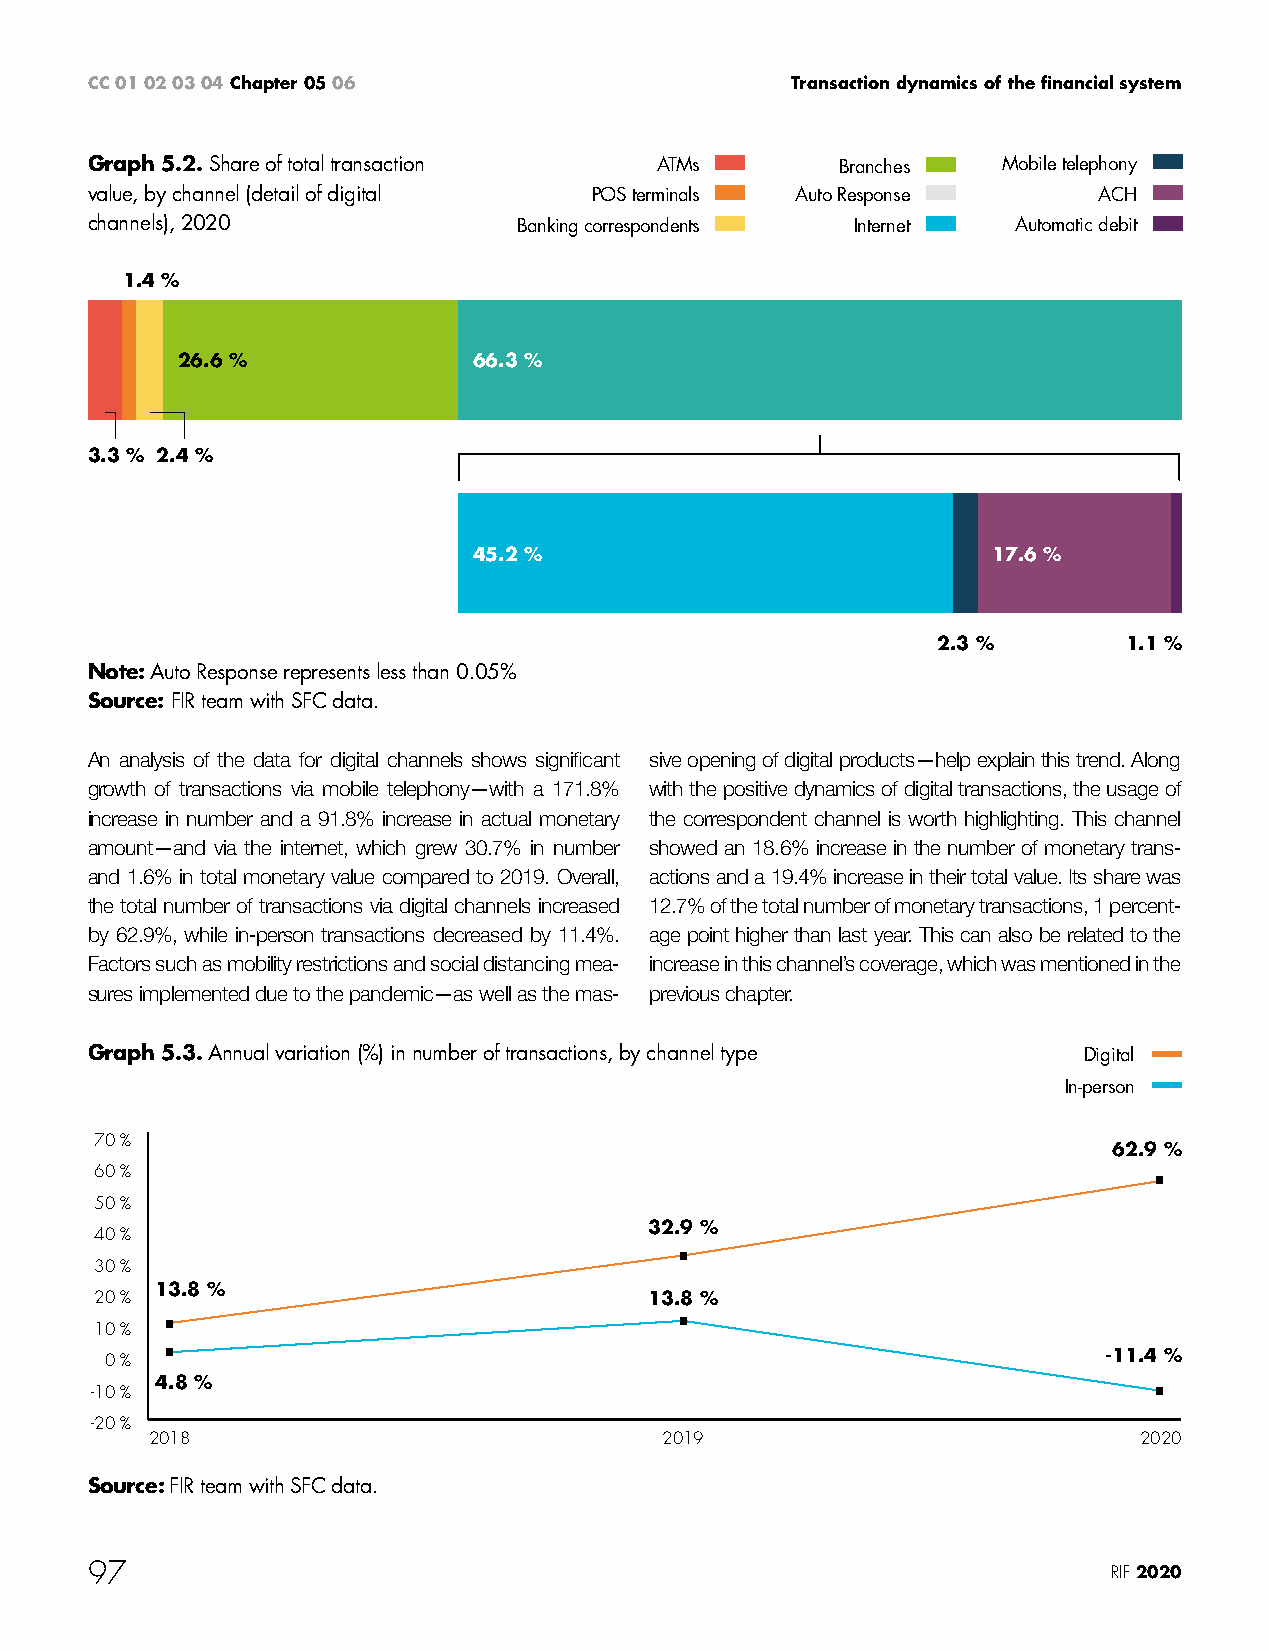
CC 01 02 03 04 Chapter 05 06                  Transaction dynamics of the financial system
 Graph 5.2. Share of total transaction ATMs        Branches  Mobile telephony
 value, by channel (detail of digital POS terminals Auto Response   ACH
 channels), 2020             Banking correspondents Internet  Automatic debit
 1.4 %
 26.6 %             66.3 %
 3.3 % 2.4 %
 45.2 %                             17.6 %
 2.3 %        1.1 %
 Note: Auto Response represents less than 0.05%
 Source: FIR team with SFC data.
 An analysis of the data for digital channels shows significant sive opening of digital products—help explain this trend. Along
 growth of transactions via mobile telephony—with a 171.8% with the positive dynamics of digital transactions, the usage of
 increase in number and a 91.8% increase in actual monetary the correspondent channel is worth highlighting. This channel
 amount—and via the internet, which grew 30.7% in number showed an 18.6% increase in the number of monetary trans-
 and 1.6% in total monetary value compared to 2019. Overall, actions and a 19.4% increase in their total value. Its share was
 the total number of transactions via digital channels increased 12.7% of the total number of monetary transactions, 1 percent-
 by 62.9%, while in-person transactions decreased by 11.4%. age point higher than last year. This can also be related to the
 Factors such as mobility restrictions and social distancing mea- increase in this channel’s coverage, which was mentioned in the
 sures implemented due to the pandemic—as well as the mas- previous chapter.
 Graph 5.3. Annual variation (%) in number of transactions, by channel type Digital
 In-person
 70 %
 62.9 %
 60 %
 50 %
 32.9 %
 40 %
 30 %
 13.8 %
 20 %                                 13.8 %
 10 %
 0 %                                                               -11.4 %
 4.8 %
 -10 %
 -20 %
 2018                              2019                           2020
 Source: FIR team with SFC data.
 97                                                                  RIF 2020